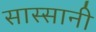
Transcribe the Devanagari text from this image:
सास्सानी